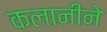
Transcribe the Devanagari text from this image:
कलानीने